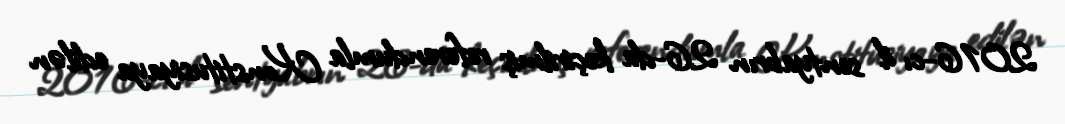
2016-cı il sentyabrın 26-da keçirilmiş referendumla Konstitusiyaya edilən